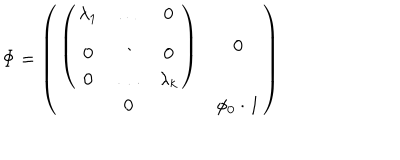
\Phi = \left( \begin{array} { c c } { { \left( \begin{array} { c c c } { { \lambda _ { 1 } } } & { { \dots } } & { { 0 } } \\ { { 0 } } & { { \ddots } } & { { 0 } } \\ { { 0 } } & { { \dots } } & { { \lambda _ { k } } } \\ \end{array} \right) } } & { { 0 } } \\ { { 0 } } & { { \phi _ { 0 } \cdot { \bf 1 } } } \\ \end{array} \right)